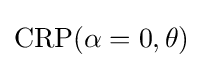
{\text{CRP}}(\alpha =0,\theta )